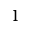
1